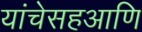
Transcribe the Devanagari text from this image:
यांचेसहआणि